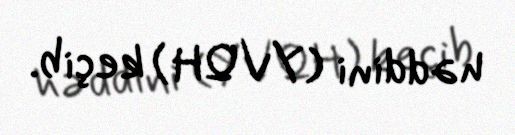
həddini (YVQH) keçib.